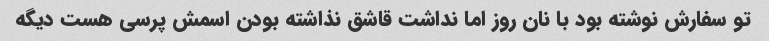
تو سفارش نوشته بود با نان روز اما نداشت قاشق نذاشته بودن اسمش پرسی هست دیگه